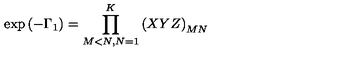
\exp { ( - \Gamma _ { 1 } ) } = \prod _ { M < N , N = 1 } ^ { K } \left( X Y Z \right) _ { M N }